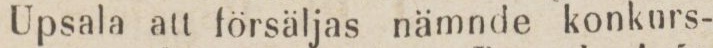
Upsala att försäljas nämnde konkurs-